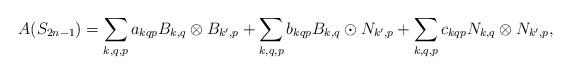
LaTeX: \begin{align*} A(S_{2n-1})=\sum_{k,q,p} a_{kqp} B_{k,q}\otimes B_{k',p}+\sum_{k,q,p} b_{kqp} B_{k,q}\odot N_{k',p}+\sum_{k,q,p} c_{kqp} N_{k,q}\otimes N_{k',p},\end{align*}